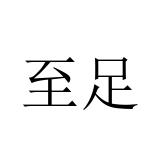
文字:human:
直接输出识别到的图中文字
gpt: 至足